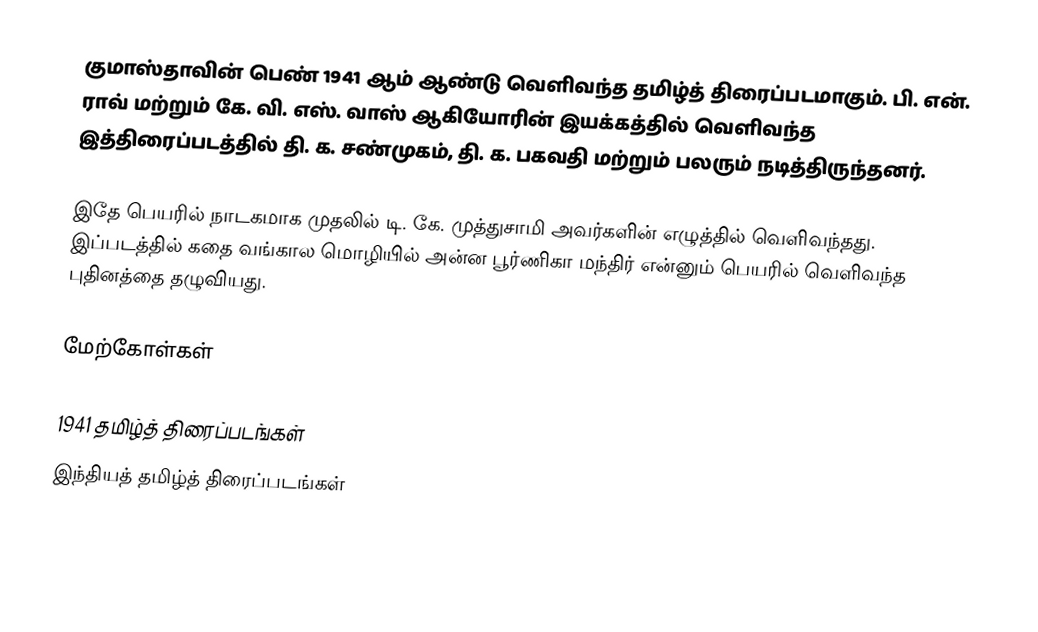
குமாஸ்தாவின் பெண் 1941 ஆம் ஆண்டு வெளிவந்த தமிழ்த் திரைப்படமாகும். பி. என். ராவ் மற்றும் கே. வி. எஸ். வாஸ் ஆகியோரின் இயக்கத்தில் வெளிவந்த இத்திரைப்படத்தில் தி. க. சண்முகம், தி. க. பகவதி மற்றும் பலரும் நடித்திருந்தனர்.

இதே பெயரில் நாடகமாக முதலில்  டி. கே. முத்துசாமி அவர்களின் எழுத்தில் வெளிவந்தது. இப்படத்தில் கதை வங்கால மொழியில் அன்ன பூர்ணிகா மந்திர் என்னும் பெயரில் வெளிவந்த புதினத்தை தழுவியது.

மேற்கோள்கள்

1941 தமிழ்த் திரைப்படங்கள்
இந்தியத் தமிழ்த் திரைப்படங்கள்